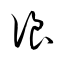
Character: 浪